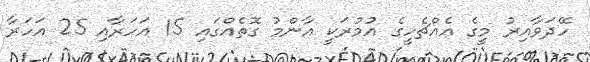
ހޭދަވާއިރު މީގެ އެއްޗެހީގެ އުމުރަކީ އާންމު ގޮތެއްގައި 15 އަހަރާއި 25 އަހަރާ